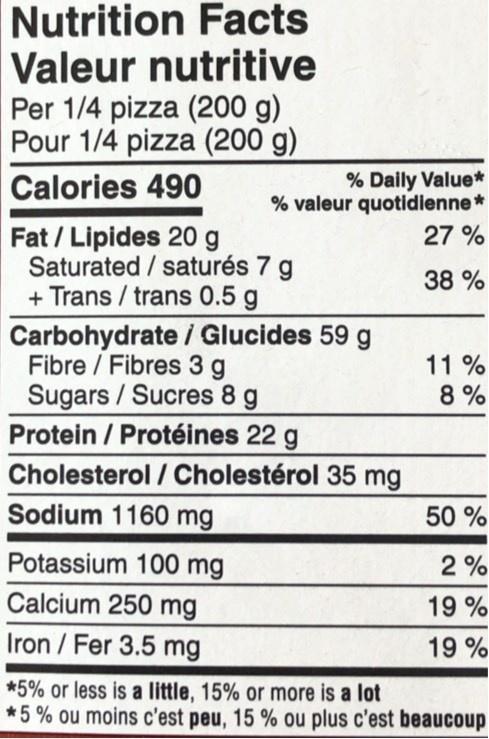
Nutrition Facts Valeur nutritive Per 1/4 pizza (200 g) Pour 1/4 pizza (200 g)
% Daily Value* % valeur quotidienne* 27 %
Calories 490
Fat / Lipides 20 g Saturated / saturés 7 g + Trans / trans 0.5 g
38 %
Carbohydrate i Glucides 59 g Fibre / Fibres 3 g Sugars / Sucres 8 g Protein / Protéines 22 g Cholesterol / Cholestérol 35 mg
11 % 8 %
Sodium 1160 mg
50 %
Potassium 100 mg
2 %
Calcium 250 mg
19 %
Iron / Fer 3.5 mg
19 %
*5% or less is a little, 15% or more is a lot *5% ou moins c'est peu, 15 % ou plus c'est beaucoup